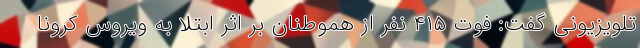
تلویزیونی گفت: فوت ۴۱۵ نفر از هموطنان بر اثر ابتلا به ویروس کرونا